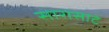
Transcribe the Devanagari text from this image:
सारासाटे